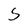
Character: S